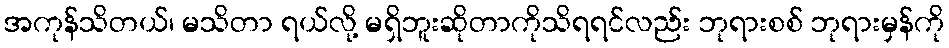
အကုန်သိတယ်၊ မသိတာ ရယ်လို့ မရှိဘူးဆိုတာကိုသိရရင်လည်း ဘုရားစစ် ဘုရားမှန်ကို